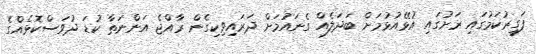
ފަގީރުކަމުގައި ރަށުގައި އުޅޭއުޅުމަށް ބަދަލެއް ގެނައުމަށް ދަރައިވިކިގެން ރާއްޖެ އަންނަތާ ކުޑަ ދުވަސްކޮޅެއްގެ